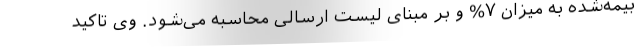
بیمه‌شده به میزان ۷% و بر مبنای لیست ارسالی محاسبه می‌شود. وی تاکید